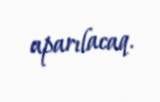
aparılacaq.